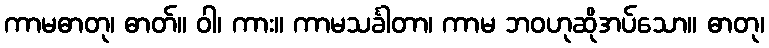
ကာမဓာတု၊ ဓာတ်။ ဝါ၊ ကား။ ကာမသင်္ခါတာ၊ ကာမ ဘဝဟုဆိုအပ်သော။ ဓာတု၊